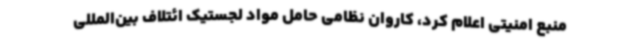
منبع امنیتی اعلام کرد، کاروان نظامی حامل مواد لجستیک ائتلاف بین‌المللی